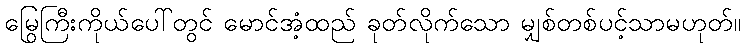
မြွေကြီးကိုယ်ပေါ်တွင် မောင်အံ့ထည် ခုတ်လိုက်သော မျှစ်တစ်ပင့်သာမဟုတ်။